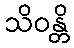
သိဝန္တိ